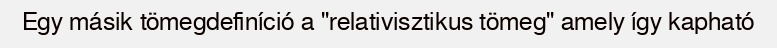
Egy másik tömegdefiníció a "relativisztikus tömeg" amely így kapható